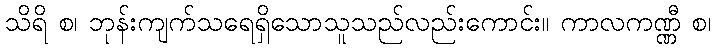
သိရိ စ၊ ဘုန်းကျက်သရေရှိသောသူသည်လည်းကောင်း။ ကာလကဏ္ဏီ စ၊